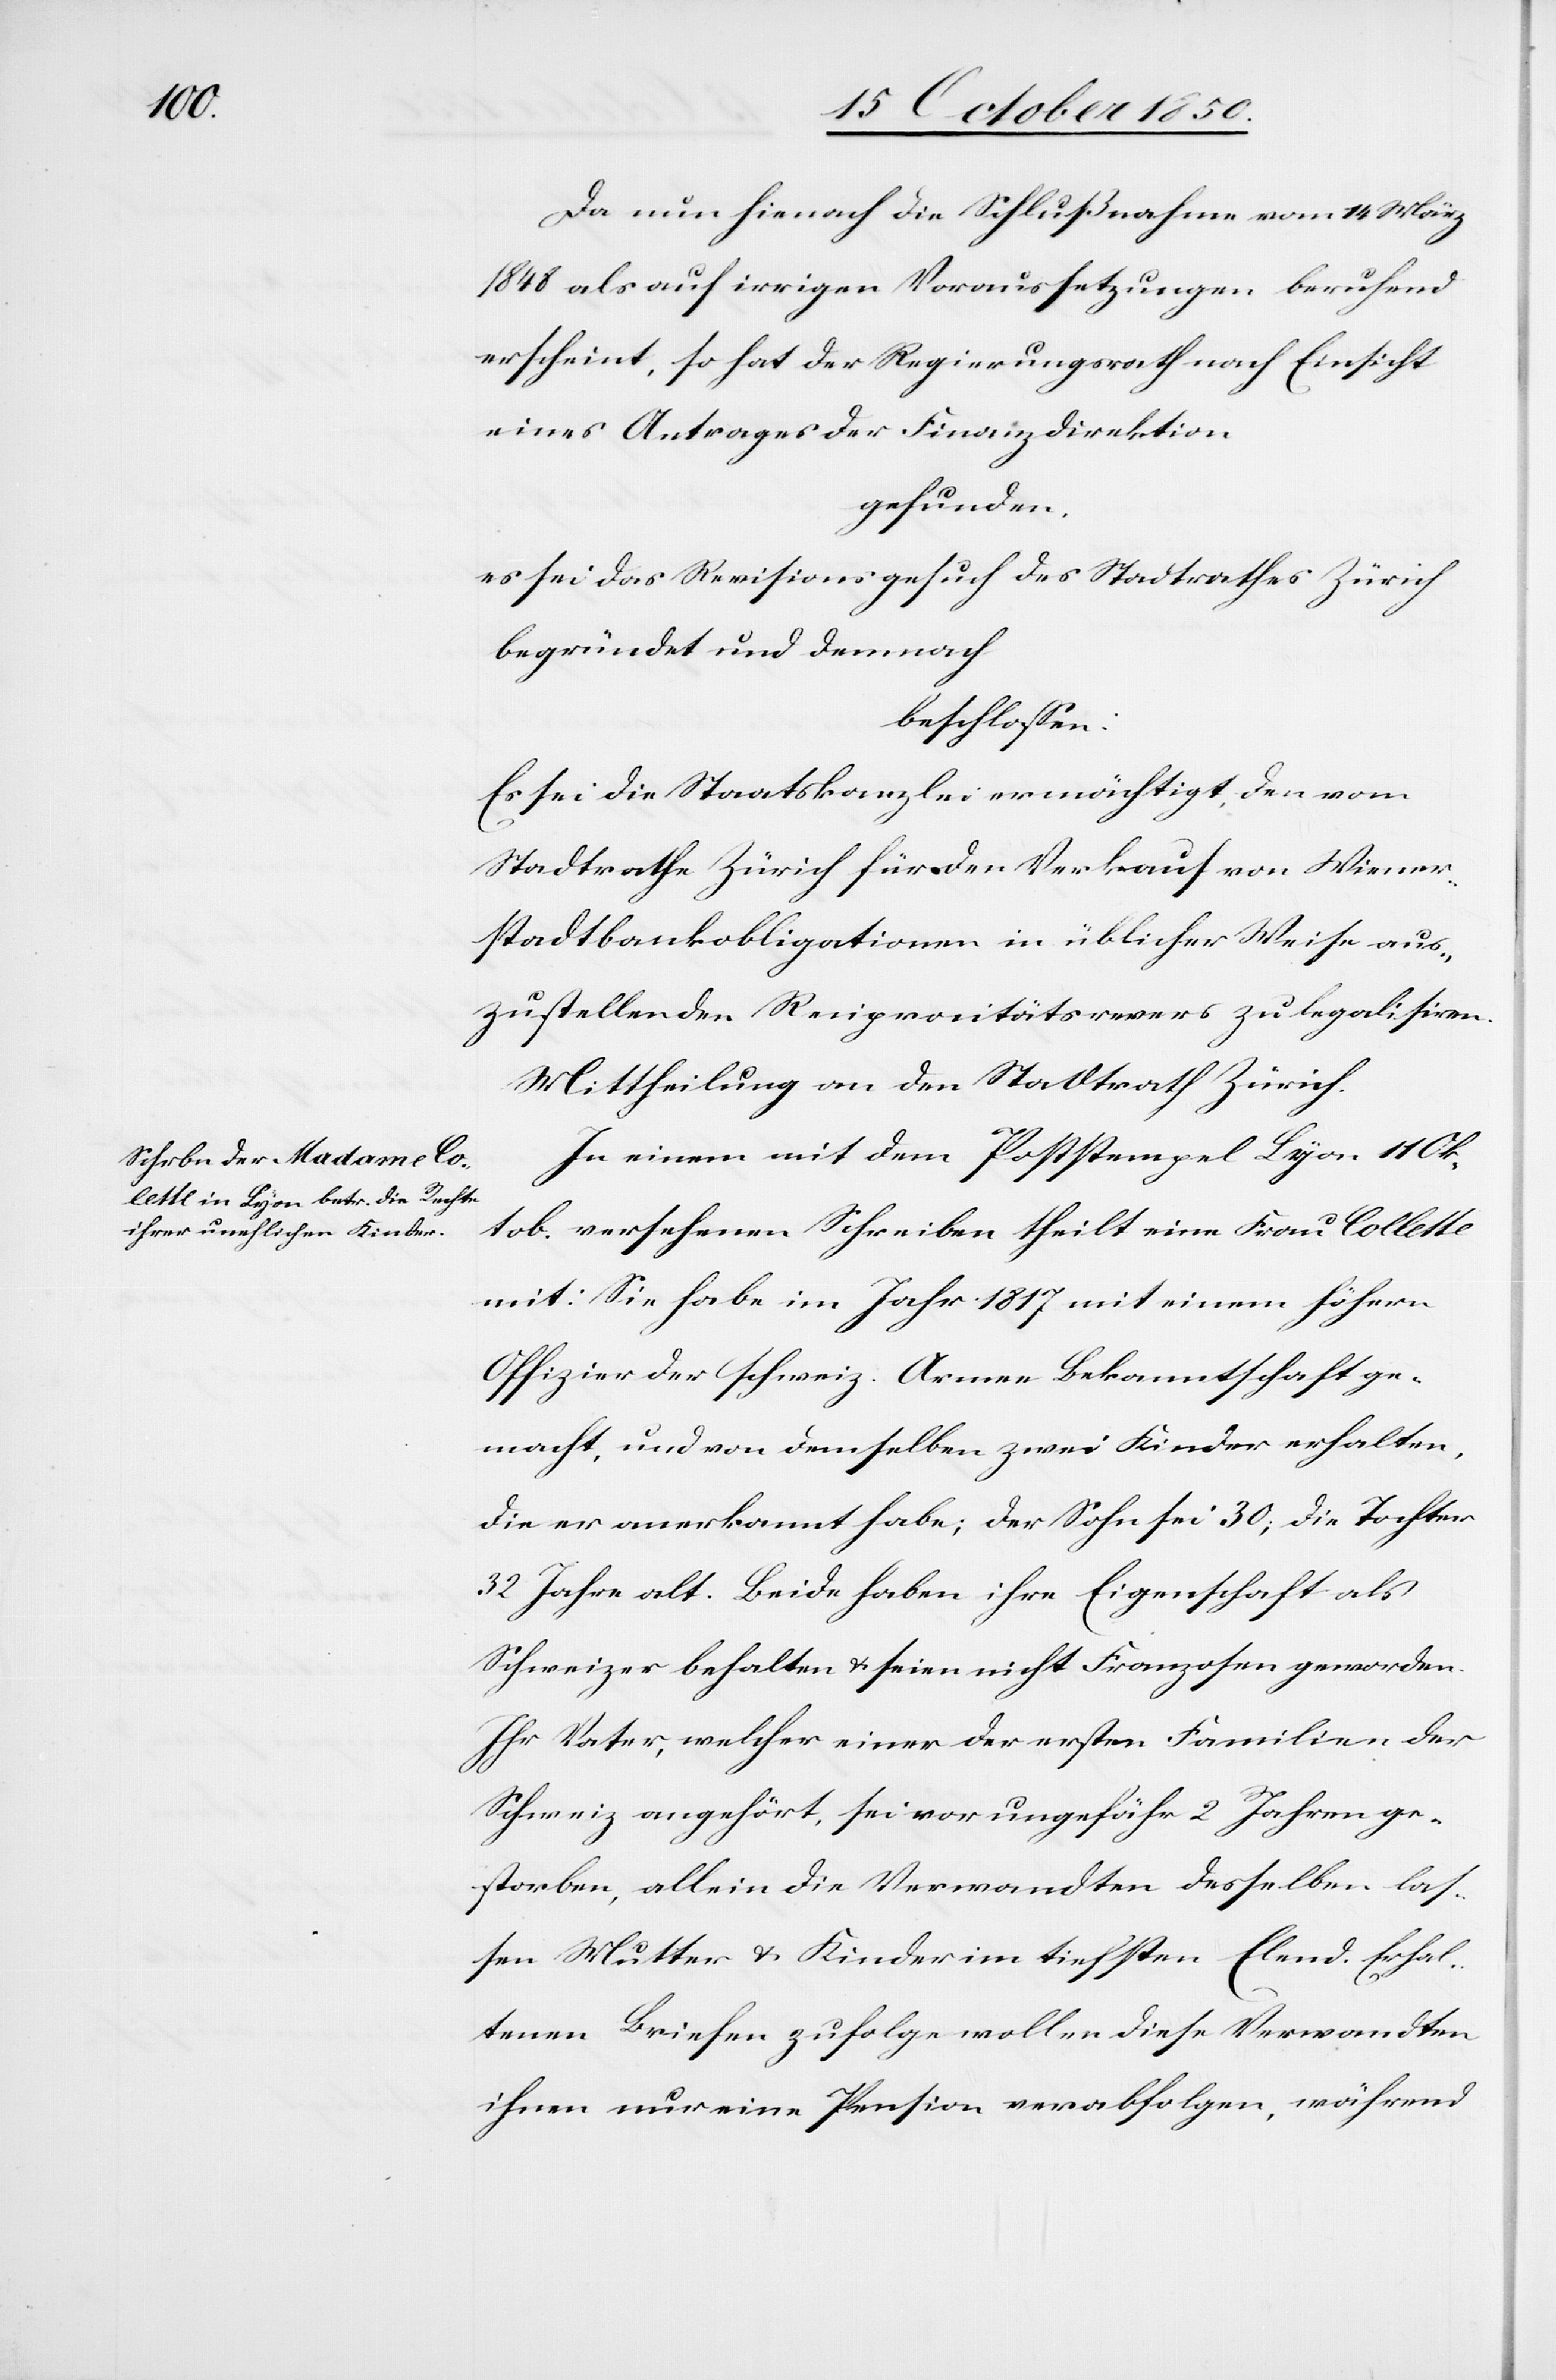
Da nun hienach die Schlußnahme vom 14 März
1848 als auf irrigen Voraussetzungen beruhend
erscheint, so hat der Regierungsrath nach Einsicht
eines Antrages der Finanzdirektion
gefunden.
es sei das Revisionsgesuch des Stadtrathes Zürich
begründet und demnach
beschlossen:
Es sei die Staatskanzlei ermächtigt, den vom
Stadtrathe Zürich für den Verkauf von Wiener¬
stadtbankobligationen in üblicher Weise aus¬
zustellenden Reciprocitätsrevers zu legalisiren.
Mittheilung an den Stadtrath Zürich.
In einem mit dem Poststempel Lyon 11 Ok¬
tob. versehenen Schreiben theilt eine Frau Collette
mit: Sie habe im Jahr 1817 mit einem höhern
Offizier der schweiz. Armee Bekanntschaft ge¬
macht, und von demselben zwei Kinder erhalten,
die er anerkannt habe; der Sohn sei 30; die Tochter
32 Jahre alt. Beide haben ihre Eigenschaft als
Schweizer behalten & seien nicht Franzosen geworden.
Ihr Vater, welcher einer der ersten Familien der
Schweiz angehört, sei vor ungefähr 2 Jahren ge¬
storben, allein die Verwandten desselben las¬
sen Mutter & Kinder im tiefsten Elend. Erhal¬
tenen Briefen zufolge wollen diese Verwandten
ihnen nur eine Pension verabfolgen, während